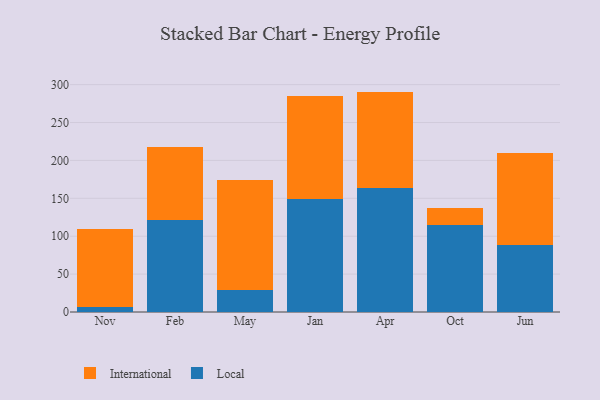
{"axis": {"x": "Month", "y": "Gross Profit (USD K)"}, "legend": ["International", "Local"], "data": [{"x": "Nov", "y": 6.7, "type": "Local"}, {"x": "Nov", "y": 103.1, "type": "International"}, {"x": "Feb", "y": 120.8, "type": "Local"}, {"x": "Feb", "y": 96.8, "type": "International"}, {"x": "May", "y": 28.7, "type": "Local"}, {"x": "May", "y": 145.4, "type": "International"}, {"x": "Jan", "y": 149.2, "type": "Local"}, {"x": "Jan", "y": 136.1, "type": "International"}, {"x": "Apr", "y": 163.0, "type": "Local"}, {"x": "Apr", "y": 127.8, "type": "International"}, {"x": "Oct", "y": 114.6, "type": "Local"}, {"x": "Oct", "y": 22.2, "type": "International"}, {"x": "Jun", "y": 88.4, "type": "Local"}, {"x": "Jun", "y": 121.7, "type": "International"}]}